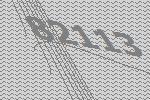
82113